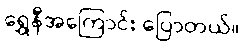
ရွှေနီအကြောင်း ပြောတယ်။